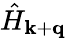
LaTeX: {\hat{H}}_{\mathbf{k}+\mathbf{q}}